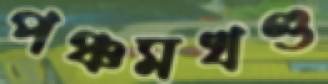
পঞ্চমখণ্ড